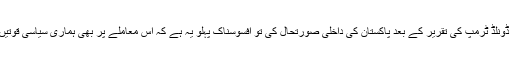
اب رہی بات امریکی صدر ڈونلڈ ٹرمپ کی تقریر کے بعد پاکستان کی داخلی صورتحال کی تو افسوسناک پہلو یہ ہے کہ اس معاملے پر بھی ہماری سیاسی قوتیں ایک پیج پر نہیں آرہی ہیں۔